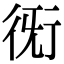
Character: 𧗨